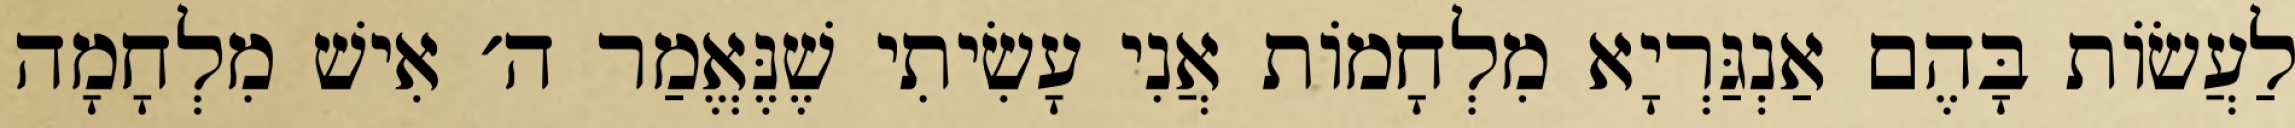
לַעֲשׂוֹת בָּהֶם אַנְגַּרְיָא מִלְחָמוֹת אֲנִי עָשִׂיתִי שֶׁנֶּאֱמַר ה׳ אִישׁ מִלְחָמָה